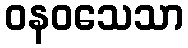
ဝနဝသေသာ